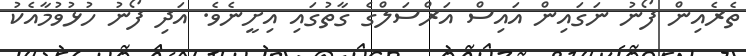
ތެރެއިން ފޯނު ނަގައިން އައިސް އަރްސަލްގެ ގާތުގައި އިށީނެވެ. އަދި ފޯނު ހުޅުވުމާއެކު